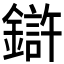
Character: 𲇠